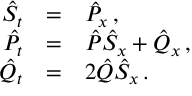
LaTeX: \begin{array} { r c l } { { { \hat { S } } _ { t } } } & { { = } } & { { { \hat { P } } _ { x } \, , } } \\ { { { \hat { P } } _ { t } } } & { { = } } & { { { \hat { P } } { \hat { S } } _ { x } + { \hat { Q } } _ { x } \, , } } \\ { { { \hat { Q } } _ { t } } } & { { = } } & { { { 2 } { \hat { Q } } { \hat { S } } _ { x } \, . } } \end{array}